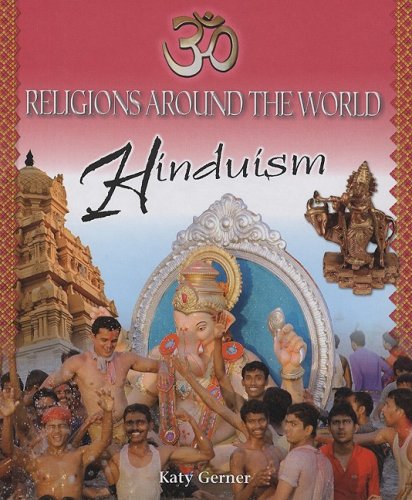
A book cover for Hinduism (Religions of the World); Katy Gerner; Children's Books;